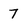
Character: 7